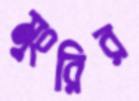
মুংরির